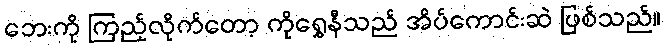
ဘေးကို ကြည့်လိုက်တော့ ကိုရွှေနီသည် အိပ်ကောင်းဆဲ ဖြစ်သည်။